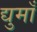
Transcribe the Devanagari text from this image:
द्युमाँ